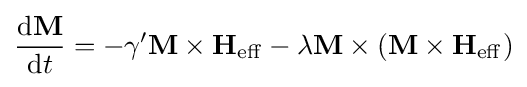
{\frac {\mathrm {d} \mathbf {M} }{\mathrm {d} t}}=-\gamma '\mathbf {M} \times \mathbf {H} _{\mathrm {eff} }-\lambda \mathbf {M} \times (\mathbf {M} \times \mathbf {H} _{\mathrm {eff} })